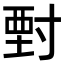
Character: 𡬵